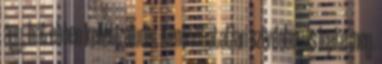
ágy, hát ebben kellett aludni. Kimondhatatlan szívdobogás lepte meg.